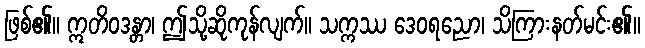
ဖြစ်၏။ ဣတိဝဒန္တာ၊ ဤသို့ဆိုကုန်လျက်။ သက္ကဿ ဒေဝရညော၊ သိကြားနတ်မင်း၏။